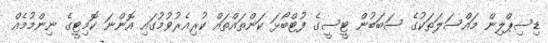
ޑިސިޕްލިން މައްސަލަތަކުގެ ސަބަބުން ޓީސީގެ ފުޓްބޯޅަ ކަންތައްތައް ކުރިއެރުވުމުގައި އޮންނަ ކޮމިޓީގެ ނިންމުމެއް